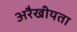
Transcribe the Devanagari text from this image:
अरैखीयता